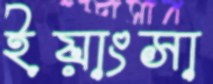
ইয়াংসা